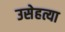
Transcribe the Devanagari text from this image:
उसेहत्या